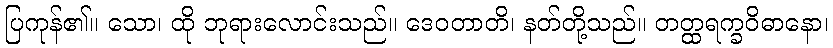
ပြကုန်၏။ သော၊ ထို ဘုရားလောင်းသည်။ ဒေဝတာတိ၊ နတ်တို့သည်။ တတ္ထရက္ခဝိဓာနော၊